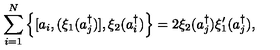
\sum _ { i = 1 } ^ { N } \left\{ [ a _ { i } , ( \xi _ { 1 } ( a _ { j } ^ { \dagger } ) ] , \xi _ { 2 } ( a _ { i } ^ { \dagger } ) \right\} = 2 \xi _ { 2 } ( a _ { j } ^ { \dagger } ) \xi _ { 1 } ^ { \prime } ( a _ { j } ^ { \dagger } ) ,